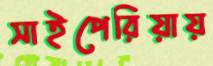
সাইপেরিয়ায়